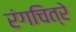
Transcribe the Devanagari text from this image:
रंगचित्रे